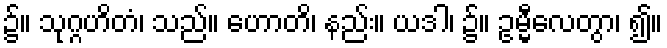
၌။ သုဂ္ဂဟိတံ၊ သည်။ ဟောတိ၊ နည်း။ ယဒါ၊ ၌။ ဥမ္မီလေတွာ၊ ၍။